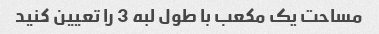
مساحت یک مکعب با طول لبه 3 را تعیین کنید